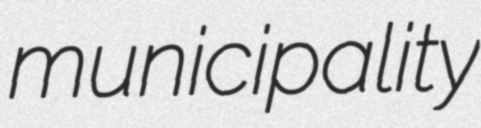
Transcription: municipality